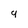
Character: 9